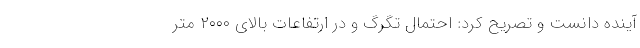
آینده دانست و تصریح کرد: احتمال تگرگ و در ارتفاعات بالای ۲۰۰۰ متر